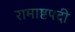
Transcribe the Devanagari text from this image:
रामाष्टपदी